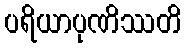
ပရိယာပုဏိဿတိ